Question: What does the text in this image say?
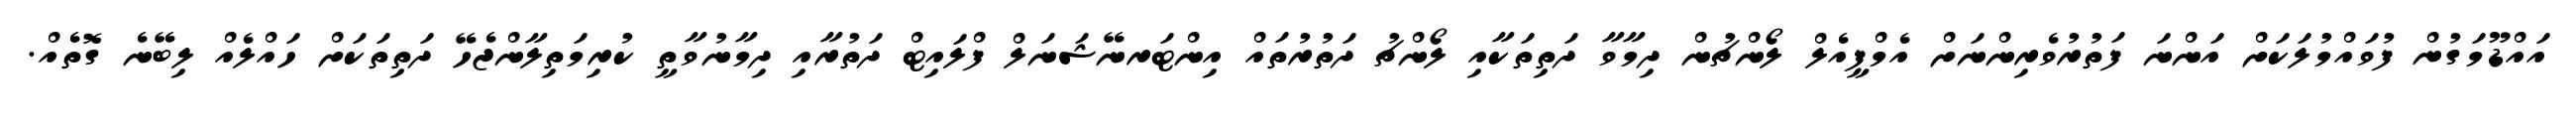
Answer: އައްޑޫމަގުން ފުވައްމުލަކަށް އަންނަ ފަތުރުވެރިންނަށް އެމްޕީއެލް ލޯންޗުން ދިމާވާ ދަތިތަކާއި ލޯންޗު ދަތުރުތައް އިންޓަރނޭޝަނަލް ފްލައިޓް ދަތުރާއި ދިމާނުވާތީ ކުރިމަތިލާންޖެހޭ ދަތިތަކަށް ހައްލެއް ލިބޭނެ ގޮތެއް.